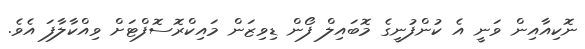
ނޮކިއާއިން ވަނީ އެ ކުންފުނީގެ މޮބައިލް ފޯން ޑިވިޒަން މައިކްރޮސޮފްޓަށް ވިއްކާލާފަ އެވެ.